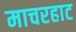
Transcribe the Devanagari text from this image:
माचरहाट